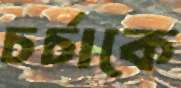
চর্চাকে